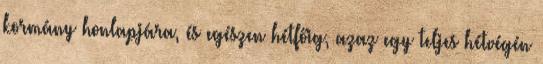
kormány honlapjára, és egészen hétfőig, azaz egy teljes hétvégén